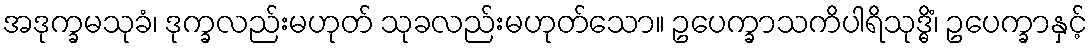
အဒုက္ခမသုခံ၊ ဒုက္ခလည်းမဟုတ် သုခလည်းမဟုတ်သော။ ဥပေက္ခာသကိပါရိသုဒ္ဓိံ၊ ဥပေက္ခာနှင့်